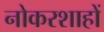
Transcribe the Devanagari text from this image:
नोकरशाहों